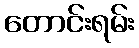
တောင်းရမ်း